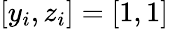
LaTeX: [y_{i},z_{i}]=[1,1]